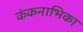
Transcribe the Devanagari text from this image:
कंकनाभिका